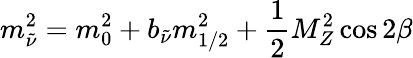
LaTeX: m_{\tilde{\nu}}^{2}=m_{0}^{2}+b_{\tilde{\nu}}m_{1/2}^{2}+{\frac{1}{2}}M_{Z}^{2}\cos 2\beta